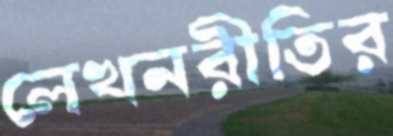
লেখনরীতির